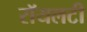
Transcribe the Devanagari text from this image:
रॉयलटी